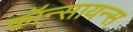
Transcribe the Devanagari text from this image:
कॉन्सायन्स